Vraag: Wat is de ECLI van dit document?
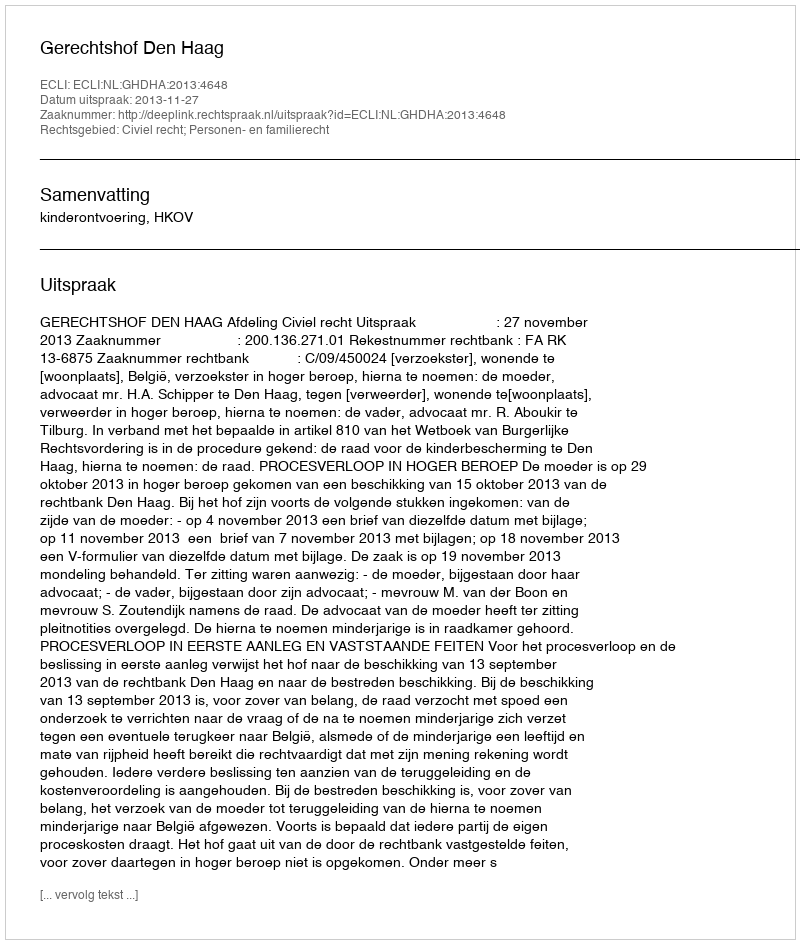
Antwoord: ECLI:NL:GHDHA:2013:4648